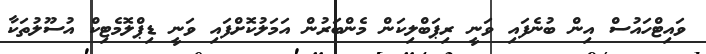
ވައިޓްހައުސް އިން ބުނެފައި ވަނީ ރިޕަބްލިކަން މެންބަރުން އަމަލުކޮށްފައި ވަނީ ޑިޕްލޮމެޓިކް އުސޫލުތަކާ